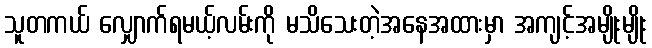
သူတကယ် လျှောက်ရမယ့်လမ်းကို မသိသေးတဲ့အနေအထားမှာ အကျင့်အမျိုးမျိုး